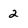
Character: 2